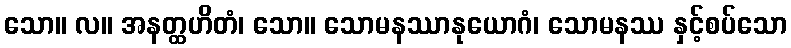
သော။ လ။ အနတ္ထဟိတံ၊ သော။ သောမနဿာနုယောဂံ၊ သောမနဿ နှင့်စပ်သော